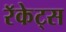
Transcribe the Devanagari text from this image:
रॅकेट्स